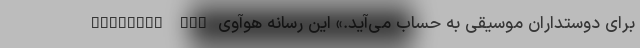
برای دوستداران موسیقی به حساب می‌آید.» این رسانه هوآوی Freelace Pro